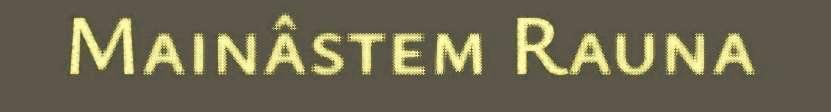
Mainâstem Rauna